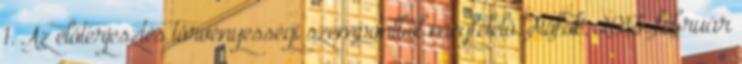
1. Az előterjesztés törvényességi szempontból megfelelő. Siófok, 2013. február